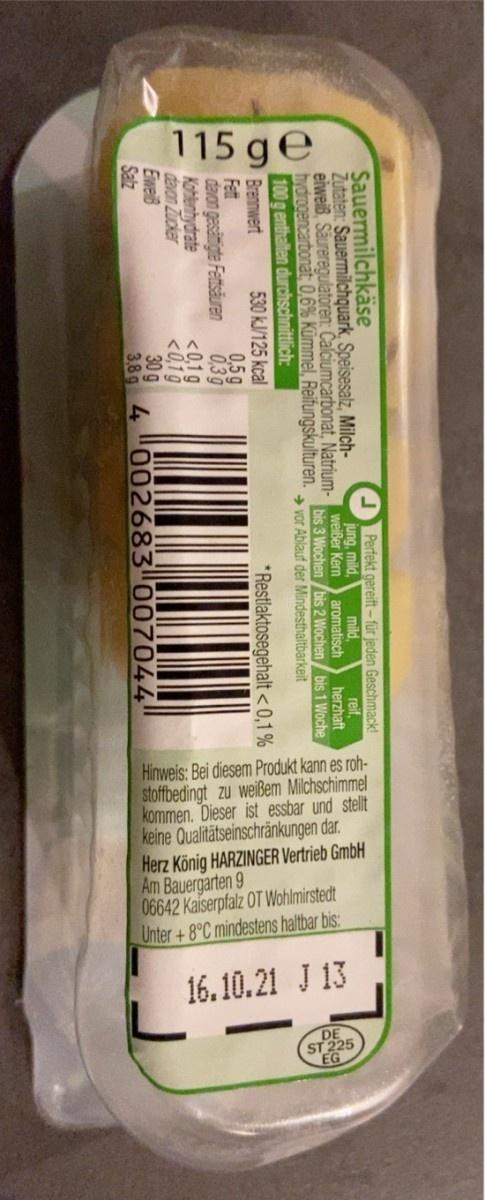
115 ge
Sauermilchkäse
Zutaten: Sauermilchquark, Speisesalz, Milch- eiweiß, Säureregulatoren: Calciumcarbonat, Natrium-weißer Kerm hydrogencarbonat: 0,6% Kümmel, Reifungskulturen.
Perfekt gereift - für jeden Geschmack! mild, aromatisch bis 3 Wochen /bis 2 Wochen/ bis 1 Woche + vor Ablauf der Mindesthaltbarkeit
jung, mild,
reif, herzhaft
100 g enthalten durchschnittlich: Brennwert Fett davon gesätigte Fettsäuren Kohlenhydrate davon Zucker Eiweiß Salz
* Restlaktosegehalt<0,1%
530 kJ/125 kcal 0,5g 0,39 <0,1 g <0,1g 30g 4
3,8 g
002683 007044